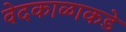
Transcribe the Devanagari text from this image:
वेदकाळाकडे